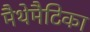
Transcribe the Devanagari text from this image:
मैथेमैटिका